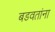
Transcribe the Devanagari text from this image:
बडवतांना